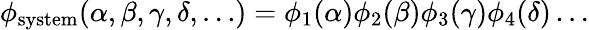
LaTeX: \phi_{\mathrm{{system}}}(\alpha,\beta,\gamma,\delta,\ldots)=\phi_{1}(\alpha)\phi_{2}(\beta)\phi_{3}(\gamma)\phi_{4}(\delta)\ldots